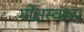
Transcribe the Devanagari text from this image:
मोक्षस्वरूप